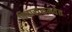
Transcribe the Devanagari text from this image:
विचारांसमवेत